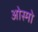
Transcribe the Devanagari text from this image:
ओस्मो